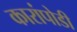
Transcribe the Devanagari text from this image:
कारांपोडी